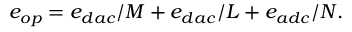
e _ { o p } = e _ { d a c } / M + e _ { d a c } / L + e _ { a d c } / N .